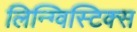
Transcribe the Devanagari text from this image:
लिन्ग्विस्टिक्स